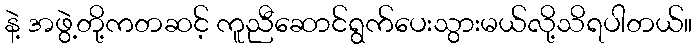
နဲ့ အဖွဲ့တို့ကတဆင့် ကူညီဆောင်ရွက်ပေးသွားမယ်လို့သိရပါတယ်။